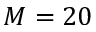
M = 2 0